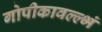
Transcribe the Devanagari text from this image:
गोपीकावल्ल्भं